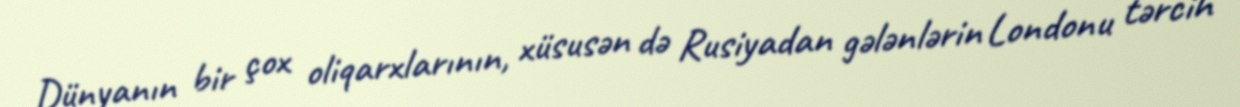
Dünyanın bir çox oliqarxlarının, xüsusən də Rusiyadan gələnlərin Londonu tərcih